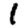
Digit: 1